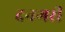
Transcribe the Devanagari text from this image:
दनगरी